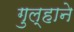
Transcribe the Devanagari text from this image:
गुल्हाने